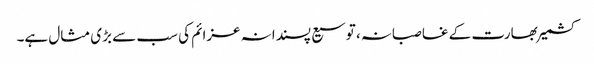
کشمیر بھارت کے غاصبانہ، توسیع پسندانہ عزائم کی سب سے بڑی مثال ہے۔